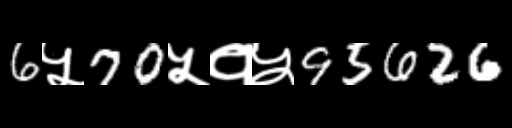
Text: 6५70५१५95626